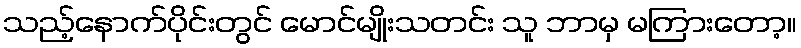
သည့်နောက်ပိုင်းတွင် မောင်မျိုးသတင်း သူ ဘာမှ မကြားတော့။